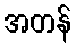
အတန်